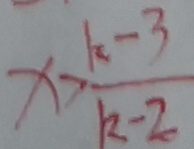
x > \frac { k - 3 } { k - 2 }